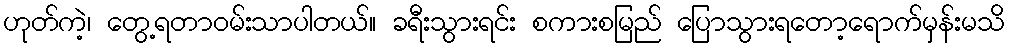
ဟုတ်ကဲ့၊ တွေ့ရတာဝမ်းသာပါတယ်။ ခရီးသွားရင်း စကားစမြည် ပြောသွားရတော့ရောက်မှန်းမသိ